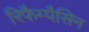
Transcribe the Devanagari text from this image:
रिफैम्पैसिन